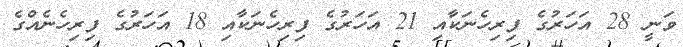
ވަނީ 28 އަހަރުގެ ފިރިހެނަކާއި 21 އަހަރުގެ ފިރިހެނަކާއި 18 އަހަރުގެ ފިރިހެނެއްގެ